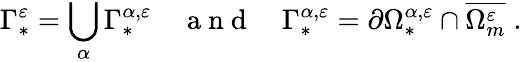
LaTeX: \Gamma_{*}^{\varepsilon}=\bigcup_{\alpha}\Gamma_{*}^{{\alpha},\varepsilon}\quad\mathrm{~a~n~d~}\quad\Gamma_{*}^{{\alpha},\varepsilon}=\partial\Omega_{*}^{{\alpha},\varepsilon}\cap\overline{{\Omega_{m}^{\varepsilon}}}\; .